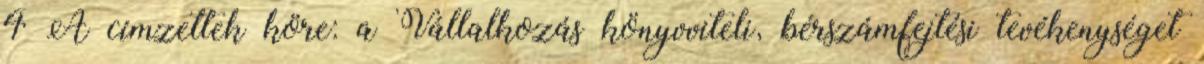
4 A címzettek köre: a Vállalkozás könyvviteli, bérszámfejtési tevékenységet